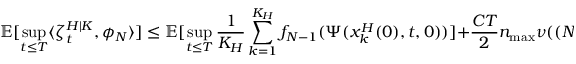
\mathbb { E } [ \operatorname* { s u p } _ { t \leq T } \langle \zeta _ { t } ^ { H | K } , \phi _ { N } \rangle ] \leq \mathbb { E } [ \operatorname* { s u p } _ { t \leq T } \frac { 1 } { K _ { H } } \sum _ { k = 1 } ^ { K _ { H } } f _ { N - 1 } ( \Psi ( x _ { k } ^ { H } ( 0 ) , t , 0 ) ) ] + \frac { C T } { 2 } n _ { \operatorname* { m a x } } \nu ( ( N - 1 , + \infty ) ) .